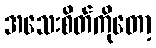
အသေးစိတ်ကိုတော့